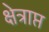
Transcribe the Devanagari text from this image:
क्षेत्राप्त